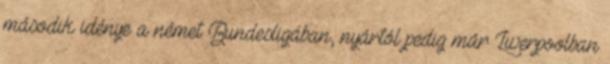
második idénye a német Bundesligában, nyártól pedig már Liverpoolban